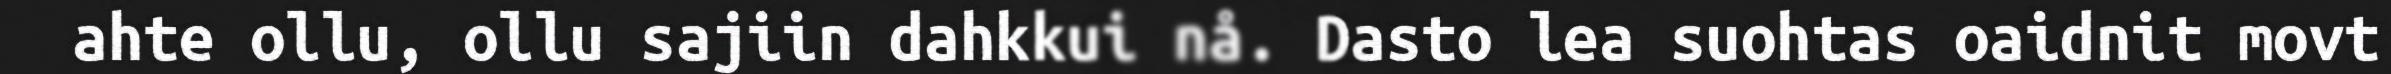
ahte ollu, ollu sajiin dahkkui nå. Dasto lea suohtas oaidnit movt